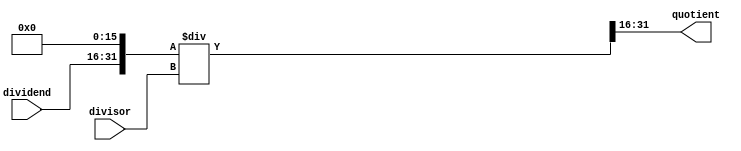
module fixed_point_divider (
    input signed [15:0] dividend,
    input signed [15:0] divisor,
    output reg signed [15:0] quotient
);

reg signed [31:0] temp_result;

always @(*) begin
    temp_result = dividend << 16; // Shift dividend left by 16 bits to prepare for division
    temp_result = temp_result / divisor; // Perform division operation
    quotient = temp_result[31:16]; // Extract quotient from result
end

endmodule